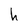
Character: h